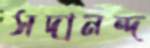
সদানন্দ